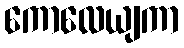
ကောလေယျကာ